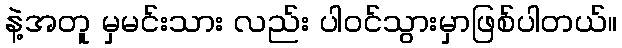
နဲ့အတူ မှမင်းသား လည်း ပါ၀င်သွားမှာဖြစ်ပါတယ်။